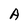
Character: A